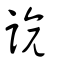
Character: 諺